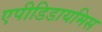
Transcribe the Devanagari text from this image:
एपीडिडायमिस